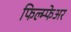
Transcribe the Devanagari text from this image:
फिल्म्फेअर